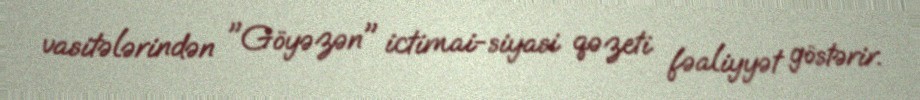
vasitələrindən "Göyəzən" ictimai-siyasi qəzeti fəaliyyət göstərir.